Indian journal of veterinary science and animal husbandry - Volume 7,
Year: 1937
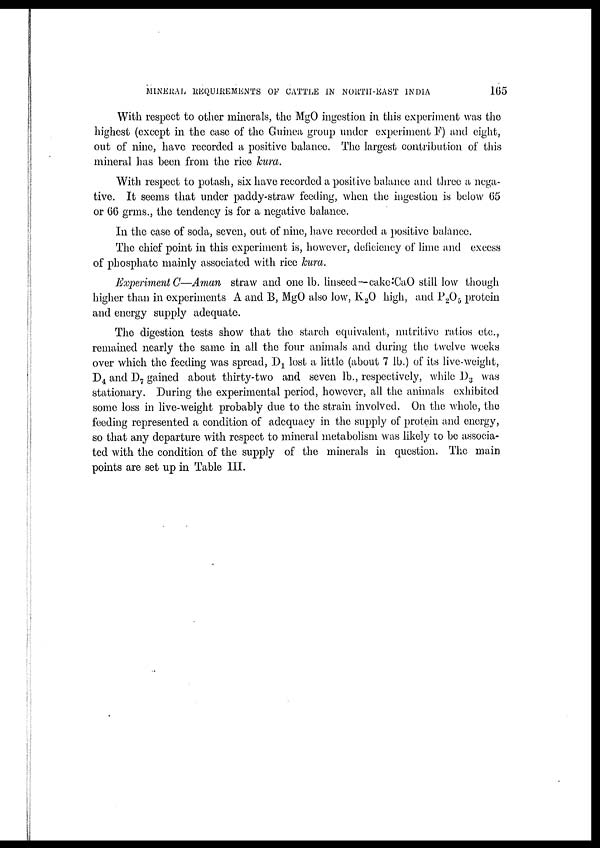
MINERAL REQUIREMENTS OF CATTLE IN NORTH-EAST INDIA
165
With respect to other minerals, the MgO ingestion in this experiment was the
highest (except in the case of the Guinea group under experiment F) and eight,
out of nine, have recorded a positive balance. The largest contribution of this
mineral has been from the rice kura.
With respect to potash, six have recorded a positive balance and three a nega-
tive. It seems that under paddy-straw feeding, when the ingestion is below 65
or 66 grms., the tendency is for a negative balance.
In the case of soda, seven, out of nine, have recorded a positive balance.
The chief point in this experiment is, however, deficiency of lime and excess
of phosphate mainly associated with rice kura.
Experiment C—Aman straw and one lb. linseed—cake:CaO still low though
higher than in experiments A and B, MgO also low, K 2 O high, and P 2 O 5 protein
and energy supply adequate.
The digestion tests show that the starch equivalent, nutritive ratios etc.,
remained nearly the same in all the four animals and during the twelve weeks
over which the feeding was spread, D 1 lost a little (about 7 lb.) of its live-weight,
D 4 and D 7 gained about thirty-two and seven lb., respectively, while D 3 was
stationary. During the experimental period, however, all the animals exhibited
some loss in live-weight probably due to the strain involved. On the whole, the
feeding represented a condition of adequacy in the supply of protein and. energy,
so that any departure with respect to mineral metabolism was likely to be associa-
ted with the condition of the supply of the minerals in question. The main
points are set up in Table III.